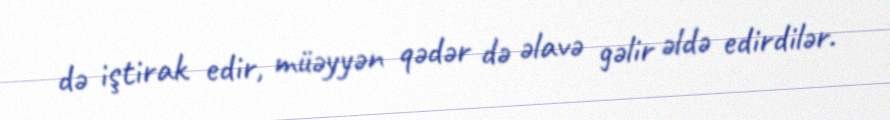
də iştirak edir, müəyyən qədər də əlavə gəlir əldə edirdilər.